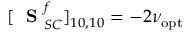
[ \mathrm { ~ \bf ~ S ~ } _ { S C } ^ { f } ] _ { 1 0 , 1 0 } = - 2 \nu _ { \mathrm { o p t } }